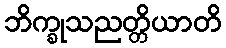
ဘိက္ခုသညတ္တိယာတိ